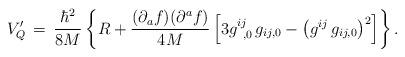
LaTeX: \begin{align*}V^{\prime}_{Q}\,=\,\frac{{\hbar}^{2}}{8M}\left\{ R + \frac{(\partial_{a}f)(\partial^{a}f)}{4 M}\left[ 3 g^{ij}_{\phantom{0} ,0} \, g_{ij,0} -{ \left( g^{ij} \, g_{ij,0} \right) }^2\right] \right\}.\end{align*}